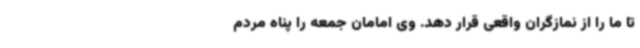
تا ما را از نمازگران واقعی قرار دهد. وی امامان جمعه را پناه مردم